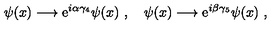
\psi ( x ) \longrightarrow { \mathrm e } ^ { i \alpha \gamma _ { 4 } } \psi ( x ) \ , \quad \psi ( x ) \longrightarrow { \mathrm e } ^ { i \beta \gamma _ { 5 } } \psi ( x ) \ ,